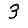
Digit: 3